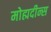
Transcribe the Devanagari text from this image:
मोह्मदीन्स